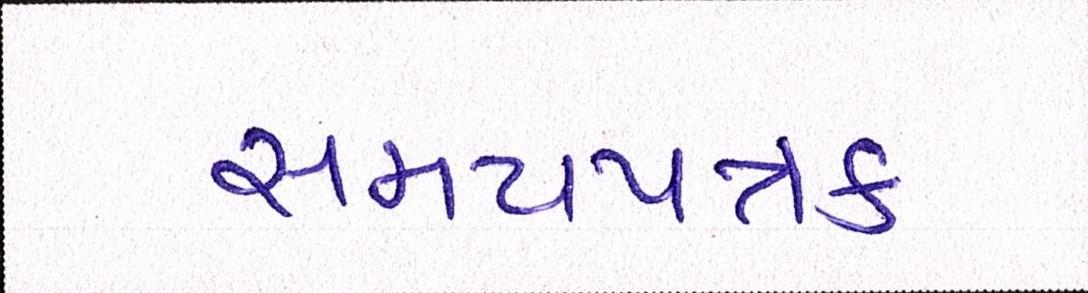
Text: સમયપત્રક